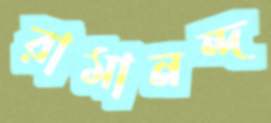
রামানন্দ